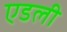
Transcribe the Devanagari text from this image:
एडली